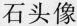
石头像